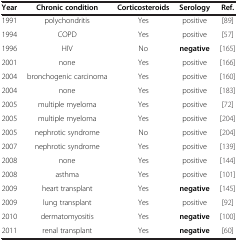
<table><thead><tr><td><b>Year</b></td><td><b>Chronic condition</b></td><td><b>Corticosteroids</b></td><td><b>Serology</b></td><td><b>Ref.</b></td></tr></thead><tbody><tr><td>1991</td><td>polychondritis</td><td>Yes</td><td>positive</td><td>[89]</td></tr><tr><td>1994</td><td>COPD</td><td>Yes</td><td>positive</td><td>[57]</td></tr><tr><td>1996</td><td>HIV</td><td>No</td><td><b>negative</b></td><td>[165]</td></tr><tr><td>2001</td><td>none</td><td>Yes</td><td>positive</td><td>[166]</td></tr><tr><td>2004</td><td>bronchogenic carcinoma</td><td>Yes</td><td>positive</td><td>[160]</td></tr><tr><td>2004</td><td>none</td><td>Yes</td><td>positive</td><td>[183]</td></tr><tr><td>2005</td><td>multiple myeloma</td><td>Yes</td><td>positive</td><td>[72]</td></tr><tr><td>2005</td><td>multiple myeloma</td><td>Yes</td><td>positive</td><td>[204]</td></tr><tr><td>2005</td><td>nephrotic syndrome</td><td>No</td><td>positive</td><td>[204]</td></tr><tr><td>2007</td><td>nephrotic syndrome</td><td>Yes</td><td>positive</td><td>[139]</td></tr><tr><td>2008</td><td>none</td><td>Yes</td><td>positive</td><td>[144]</td></tr><tr><td>2008</td><td>asthma</td><td>Yes</td><td>positive</td><td>[101]</td></tr><tr><td>2009</td><td>heart transplant</td><td>Yes</td><td><b>negative</b></td><td>[145]</td></tr><tr><td>2009</td><td>lung transplant</td><td>Yes</td><td>positive</td><td>[92]</td></tr><tr><td>2010</td><td>dermatomyositis</td><td>Yes</td><td><b>negative</b></td><td>[100]</td></tr><tr><td>2011</td><td>renal transplant</td><td>Yes</td><td><b>negative</b></td><td>[60]</td></tr></tbody></table>